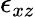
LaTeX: \epsilon_{xz}